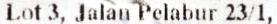
LOT 3, JALAN PELABUR 23/1,